Statistical return of the lunatic asylum in Assam - 1912-1932
Year: 1912
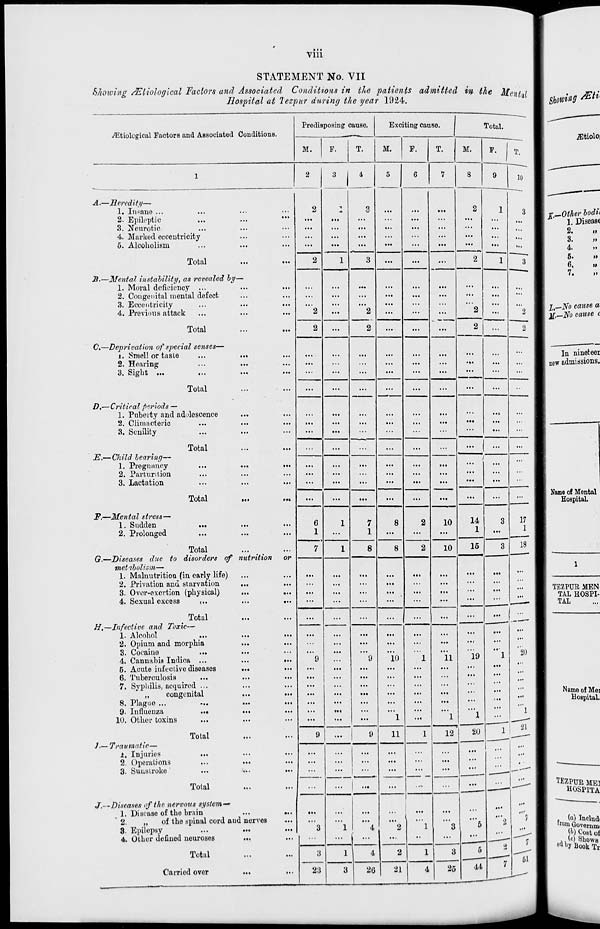
viii
STATEMENT No. VII
Showing /Etiological Factors and Associated Conditions in the patients admitted in the Men! 1
Hospital at lezpur during the year 1924.
a
Predisposing cause.
Exciting cause.
Total.
^tiological Factors and Associated Conditions.
M.
F.
T.
M.
F.
T.
M.
F.
9
T.
1
2
3 1 « 5 6 7 8
10
A.—Heredity—
1. Insane ...
...
...
2
I
3
...
...
...
2
1
3
2. Epileptic
...
...
...
...
...
...
...
...
3. Neurotic
...
...
...
...
...
...
...
...
4. Marked eccentricity
...
...
...
...
...
.. ■
...
5. Alcoholism
...
...
...
1
...
...
...
...
1
...
Total
2
3
...
...
2
3
B.—Mental instability, as revealed by
"
1. Moral deficiency ...
...
...
...
...
...
...
...
...
...
2. Congenital mental defect
...
...
...
...
...
...
...
...
...
...
...
3. Eccentricity
...
...
...
...
...
...
...
...
...
...
4. Previous attack
...
...
2
...
2
2
...
...
.
2
2
Total
2
...
...
2
2
C.—Deprivation of special senses—
x. Smel! or taste
...
...
...
...
...
...
...
...
...
...
...
2. Hearing
...
...
...
...
...
...
...
...
3. Sight ...
...
...
...
...
...
...
...
...
...
...
Total
...
...
...
...
...
...
...
...
D,—Critical periods —
1. Puberty and adolescence
...
...
...
...
...
...
...
...
...
..0
...
2. Climacteric
...
...
...
...
...
...
...
...
...
...
...
3. Senility
:.
...
...
...
...
...
...
~
...
...
Total
JE.— Child bearing—
...
...
...
...
...
...
...
...
1. Pregnancy
...
...
...
...
...
...
...
...
...
...
2. Parturition
...
...
...
...
...
...
...
...
...
...
3. Lactation
Ml
#•*
...
...
...
...
...
...
...
...
...
Total
...
...
...
...
...
...
...
...
...
JP.—Mental stress—
1. Sudden
...
...
...
6
1
7
8
2
10
14
3
17
2. Prolonged
nutrition
:
1
...
1
...
...
...
1
...
1
Total
G.—Diseases due to disorders of
metabolism—
7
1
8
8
2
10
15
3
18
or
1. Malnutrition (in early life)
...
...
...
...
...
...
...
...
...
...
2. Privation and starvation
...
...
...
...
...
...
...
...
...
3. Over-exevtion (physical)
...
...
...
...
...
...
...
...
...
...
4. Sexual excess
*..
:
...
...
...
...
...
...
...
... __,'"-
t Total
H,—Infective and Toxic—
...
...
...
...
...
...
... 1
_.
1. Alcohol
...
...
...
...
...
...
...
...
...
...
2. Opium and morphia
...
...
...
...
...
...
...
...
...
3. Cocaine
...
...
...
...
...
...
...
••■
20
4. Cannttbia Indica ...
...
...
9
. ■.
9
10
1
11
19
1
6. Acute infective diseases
...
...
...
...
...
...
...
...
...
6. Tuberculosis
...
...
...
...
...
...
...
...
7. Syphilis, acquired ...
...
...
...
...
...
...
...
...
...
„
congenital
...
...
...
...
...
...
...
...
...
8. Plague ...
...
...
...
...
...
...
...
...
...
9. Influenza
...
...
...
Ml
...
...
...
...
...
...
1
10. Other toxins
...
...
...
...
1
...
1
1
1
Total
1—Traumatic—
9
...
9
11
1
12
20
21
A. Injuries
...
...
...
...
...
...
...
..,
...
2. Operations
...
...
...
...
...
...
...
...
...
3. Sunstroke
(*.
...
...
*_..
...
...
_T_- ___
-~--—
Total
...
...
...
J^-
J.—Diseases of the nervous system-'
1. Disease of the brain
...
• a.
•i.
...
...
...
...
...
...
...
f
' 2.
„
of the spinal cord and nerves
...
...
...
...
...
...
"5
2
r l
3. Epilepsy
...
...
3
1
4
2
1
3
...
4. Other defined neuroses
...
...
...
...
...
...
••
...
_
1
Total
3
1
4
2
1
3
5
a
...
...
25
44
7
&1
Carried over
23
3
26
£ 4
I,—No cause a
]i.—No eattse t